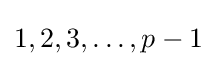
1,2,3,\ldots ,p-1